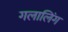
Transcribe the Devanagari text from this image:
गलालिंग